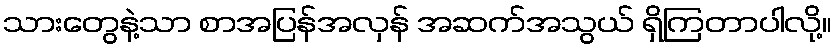
သားတွေနဲ့သာ စာအပြန်အလှန် အဆက်အသွယ် ရှိကြတာပါလို့။